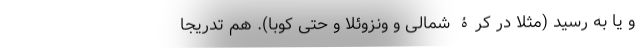
و یا به رسید (مثلا در کرۀ شمالی و ونزوئلا و حتی کوبا). هم تدریجا